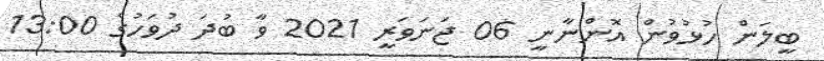
ބީލަން ހުޅުވުން އޮންނާނީ 06 ޖަނަވަރީ 2021 ވާ ބުދަ ދުވަހުގެ 13:00